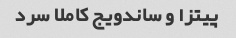
پیتزا و ساندویج کاملا سرد